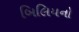
બિલિયનો